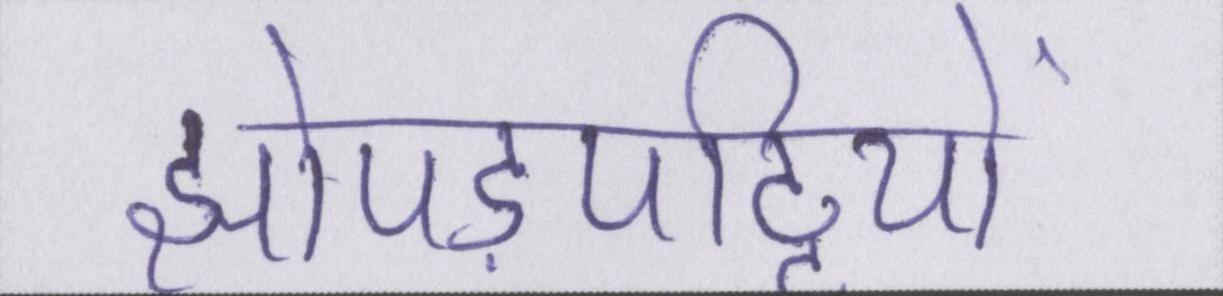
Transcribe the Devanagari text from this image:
झोपड़पट्टियों